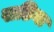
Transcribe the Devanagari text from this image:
सठिया